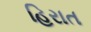
હિરાત